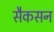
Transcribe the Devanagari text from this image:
सैकसन